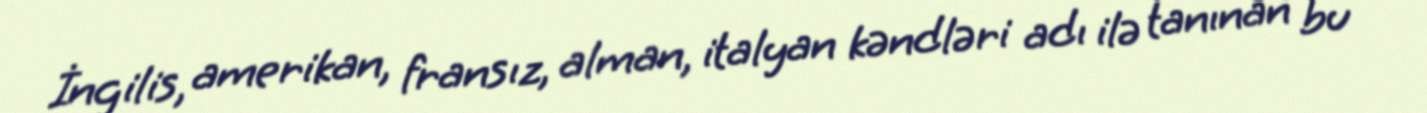
İngilis, amerikan, fransız, alman, italyan kəndləri adı ilə tanınan bu